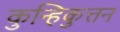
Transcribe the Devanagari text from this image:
कुन्हिकुत्तन